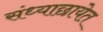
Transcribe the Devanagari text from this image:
संध्याछायेत